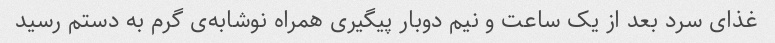
غذای سرد بعد از یک ساعت و نیم دوبار پیگیری همراه نوشابه‌ی گرم به دستم رسید